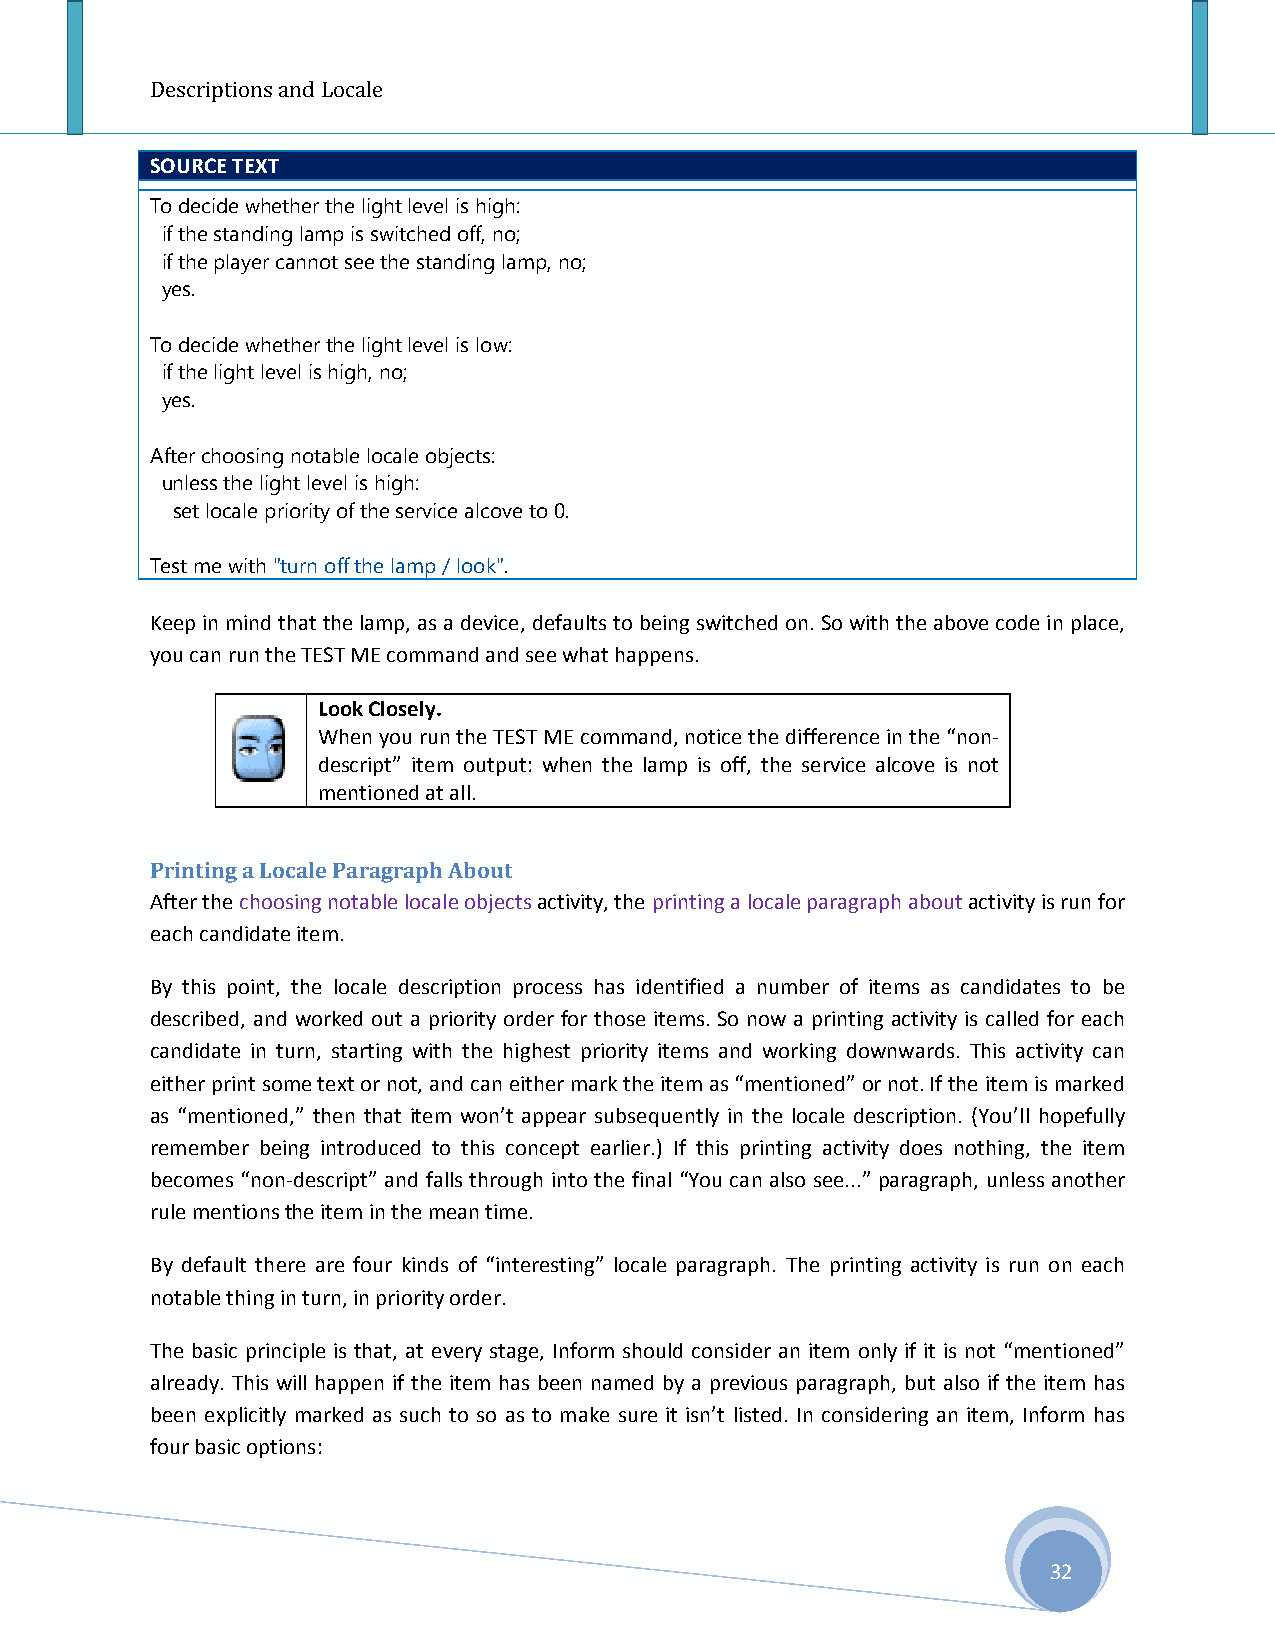
Descriptions and Locale
 SOURCE TEXT
 To decide whether the light level is high:
 if the standing lamp is switched off, no;
 if the player cannot see the standing lamp, no;
 yes.
 To decide whether the light level is low:
 if the light level is high, no;
 yes.
 After choosing notable locale objects:
 unless the light level is high:
 set locale priority of the service alcove to 0.
 Test me with "turn off the lamp / look".
 Keep in mind that the lamp, as a device, defaults to being switched on. So with the above code in place,
 you can run the TEST ME command and see what happens.
 Look Closely.
 When you run the TEST ME command, notice the difference in the “non-
 descript” item output: when the lamp is off, the service alcove is not
 mentioned at all.
 Printing a Locale Paragraph About
 After the choosing notable locale objects activity, the printing a locale paragraph about activity is run for
 each candidate item.
 By this point, the locale description process has identified a number of items as candidates to be
 described, and worked out a priority order for those items. So now a printing activity is called for each
 candidate in turn, starting with the highest priority items and working downwards. This activity can
 either print some text or not, and can either mark the item as “mentioned” or not. If the item is marked
 as “mentioned,” then that item won’t appear subsequently in the locale description. (You’ll hopefully
 remember being introduced to this concept earlier.) If this printing activity does nothing, the item
 becomes “non-descript” and falls through into the final “You can also see...” paragraph, unless another
 rule mentions the item in the mean time.
 By default there are four kinds of “interesting” locale paragraph. The printing activity is run on each
 notable thing in turn, in priority order.
 The basic principle is that, at every stage, Inform should consider an item only if it is not “mentioned”
 already. This will happen if the item has been named by a previous paragraph, but also if the item has
 been explicitly marked as such to so as to make sure it isn’t listed. In considering an item, Inform has
 four basic options:
 32